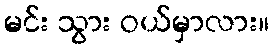
မင်း သွား ဝယ်မှာလား။